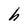
Character: h